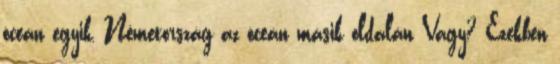
óceán egyik, Németország az óceán másik oldalán Vagy? Ezekben